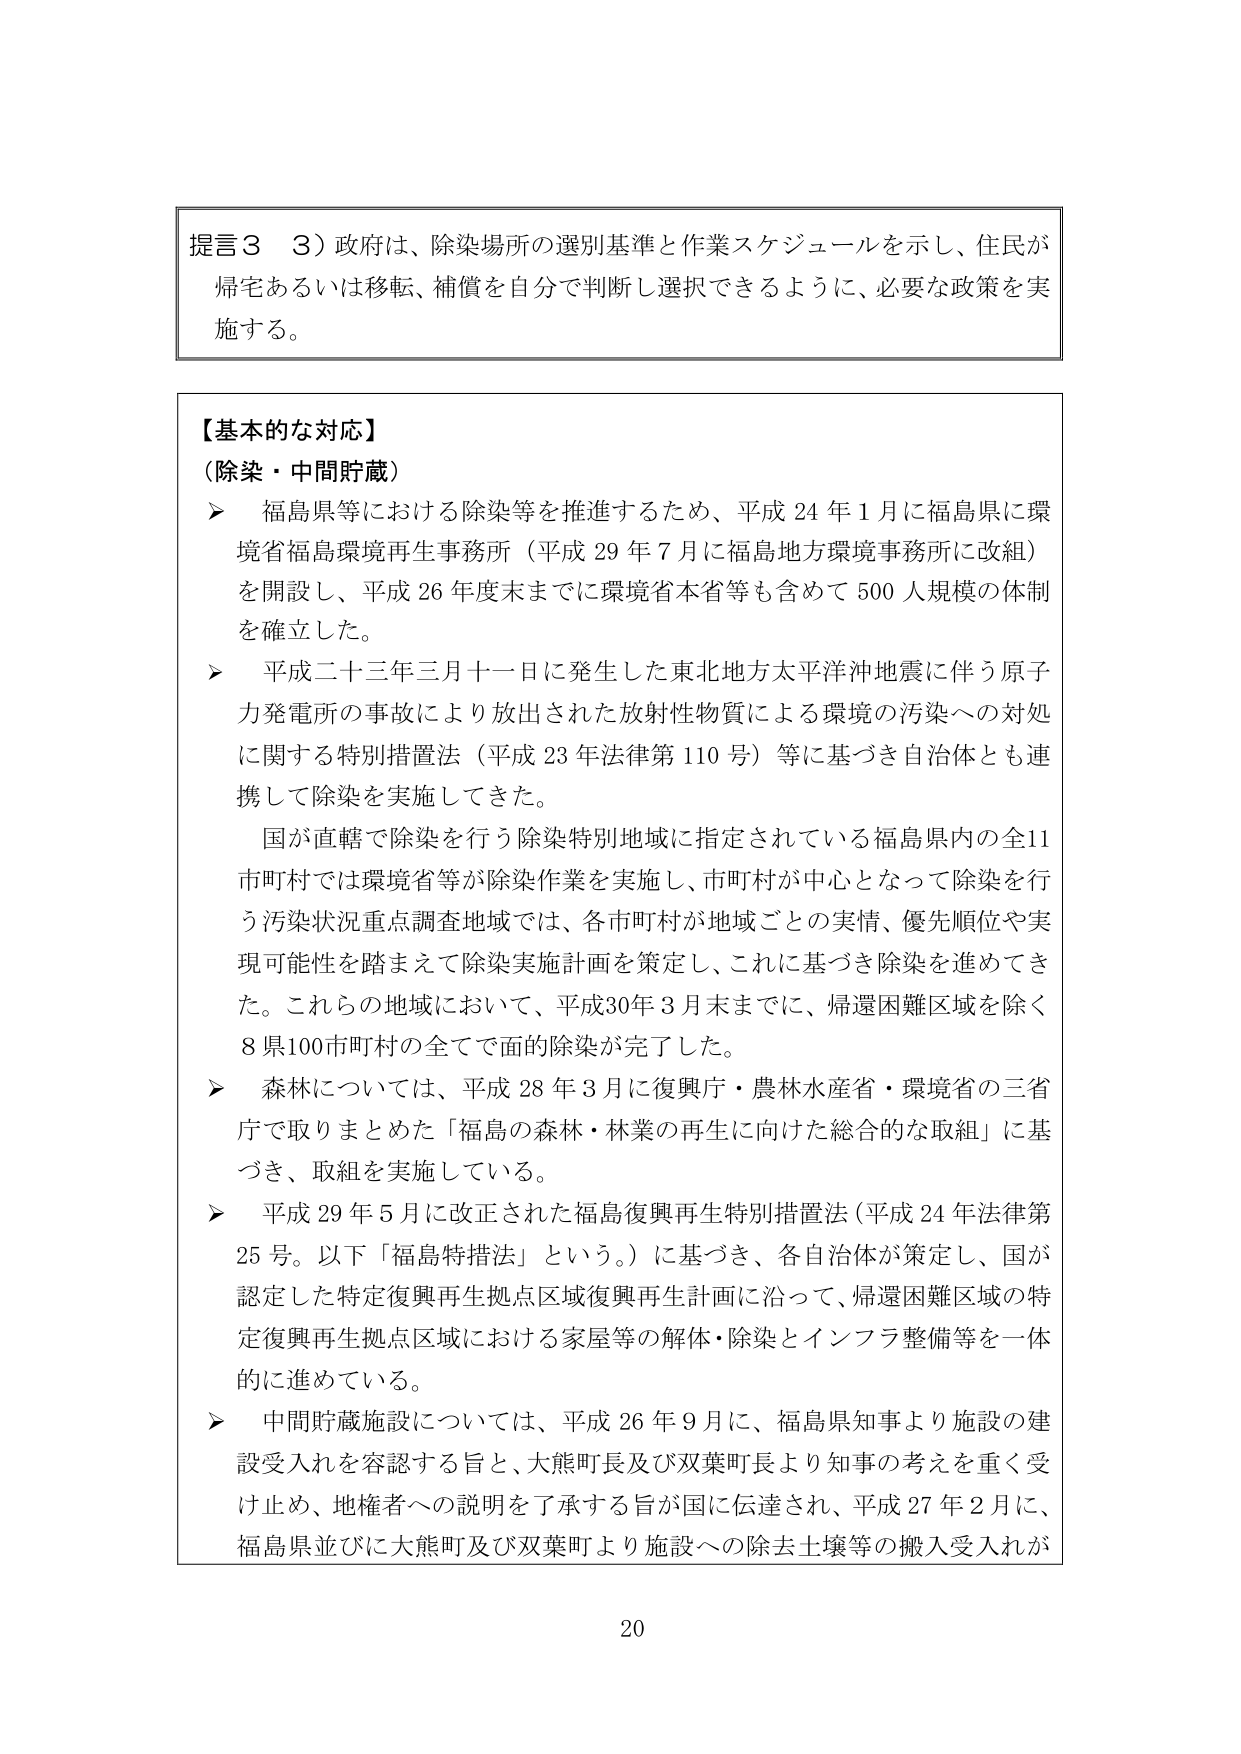
提言３　３）政府は、除染場所の選別基準と作業スケジュールを示し、住民が帰宅あるいは移転、補償を自分で判断し選択できるように、必要な政策を実施する。

【基本的な対応】
（除染・中間貯蔵）
➤　福島県等における除染等を推進するため、平成24年1月に福島県に環境省福島環境再生事務所（平成29年7月に福島地方環境事務所に改組）を開設し、平成26年度末までに環境省本省等も含めて500人規模の体制を確立した。
➤　平成二十三年三月十一日に発生した東北地方太平洋沖地震に伴う原子力発電所の事故により放出された放射性物質による環境の汚染への対処に関する特別措置法（平成23年法律第110号）等に基づき自治体とも連携して除染を実施してきた。
　　国が直轄で除染を行う除染特別地域に指定されている福島県内の全11市町村では環境省等が除染作業を実施し、市町村が中心となって除染を行う汚染状況重点調査地域では、各市町村が地域ごとの実情、優先順位や実現可能性を踏まえて除染実施計画を策定し、これに基づき除染を進めてきた。これらの地域において、平成30年3月末までに、帰還困難区域を除く8県100市町村の全てで面的除染が完了した。
➤　森林については、平成28年3月に復興庁・農林水産省・環境省の三省庁で取りまとめた「福島の森林・林業の再生に向けた総合的な取組」に基づき、取組を実施している。
➤　平成29年5月に改正された福島復興再生特別措置法（平成24年法律第25号。以下「福島特措法」という。）に基づき、各自治体が策定し、国が認定した特定復興再生拠点区域復興再生計画に沿って、帰還困難区域の特定復興再生拠点区域における家屋等の解体・除染とインフラ整備等を一体的に進めている。
➤　中間貯蔵施設については、平成26年9月に、福島県知事より施設の建設受入れを容認する旨と、大熊町長及び双葉町長より知事の考えを重く受け止め、地権者への説明を了承する旨が国に伝達され、平成27年2月に、福島県並びに大熊町及び双葉町より施設への除去土壌等の搬入受入れが

20